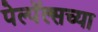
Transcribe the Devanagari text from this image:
पेल्पॅल्सच्या